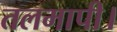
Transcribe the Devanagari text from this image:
तलमापी।